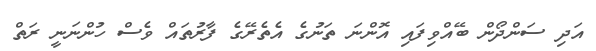
އަދި ސަންދޯން ބޭއްވިފައި އޮންނަ ތަނުގެ އެތެރޭގެ ފާރުތައް ވެސް ހުންނަނީ ރަތް